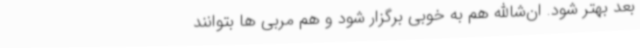
بعد بهتر شود. ان‌شاالله هم به خوبی برگزار شود و هم مربی ها بتوانند